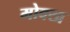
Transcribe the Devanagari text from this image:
मोक्ख